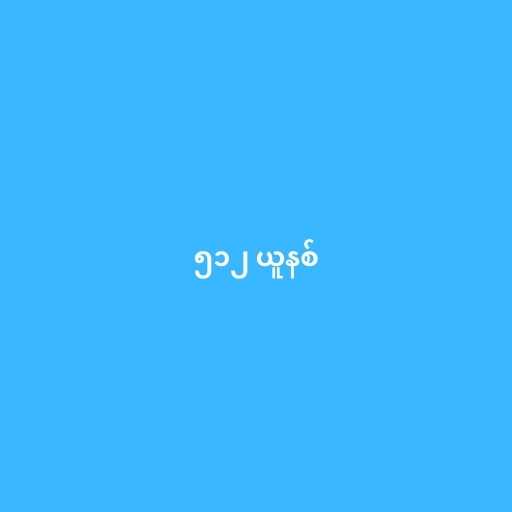
၅၁၂ ယူနစ်